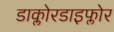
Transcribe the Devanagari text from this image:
डाक्लोरडाइफ्लोर